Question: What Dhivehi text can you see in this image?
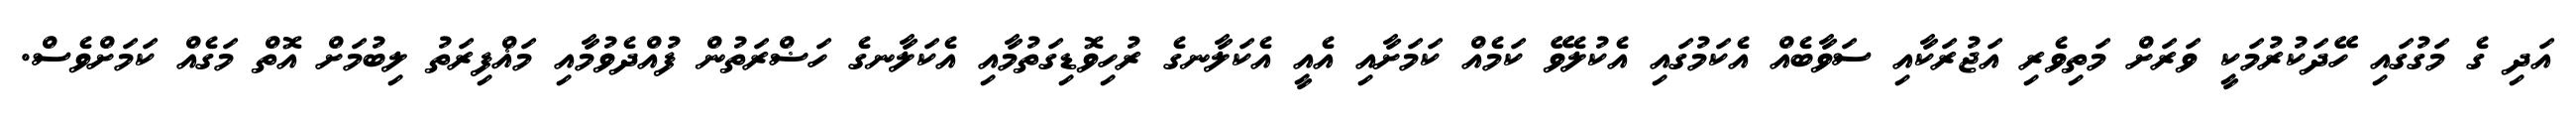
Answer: އަދި ގެ މަގުގައި ހޭދަކުރުމަކީ ވަރަށް މަތިވެރި އަޖުރަކާއި ސަވާބެއް އެކަމުގައި އެކުލެވޭ ކަމެއް ކަމަށާއި އެއީ އެކަލާނގެ ރުހިވޮޑިގަތުމާއި އެކަލާނގެ ހަޟްރަތުން ފުއްދެވުމާއި މަޣްފިރަތު ލިބުމަށް އޮތް މަގެއް ކަމަށްވެސް.